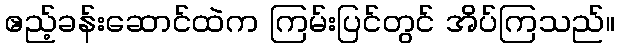
ဧည့်ခန်းဆောင်ထဲက ကြမ်းပြင်တွင် အိပ်ကြသည်။